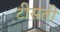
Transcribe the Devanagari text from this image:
टीसती